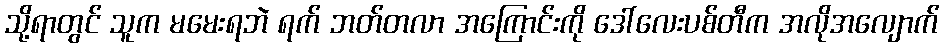
သို့ရာတွင် သူက မမေးရဘဲ ရက် ဘတ်တလာ အကြောင်းကို ဒေါ်လေးပစ်တီက အလိုအလျောက်